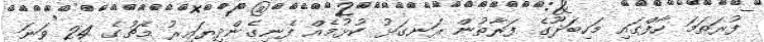
ފުރަތަމަ ހާފްގައި މަހިބަދޫގެ ފަރާތުން ރަނގަޅު ކުޅުމެއް ފެނިގެންދިޔައިރު މެޗުގެ 24 ވަނަ